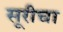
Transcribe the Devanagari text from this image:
सूरीचा